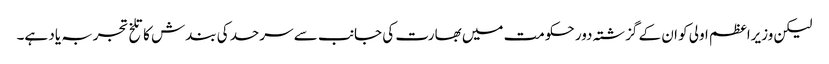
لیکن وزیراعظم اولی کو ان کے گزشتہ دور حکومت میں بھارت کی جانب سے سرحد کی بندش کا تلخ تجربہ یاد ہے۔